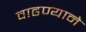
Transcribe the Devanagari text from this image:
वाढण्याने